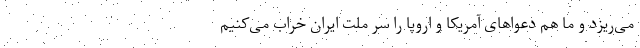
می‌ریزد و ما هم دعواهای آمریکا و اروپا را سر ملت ایران خراب می‌کنیم